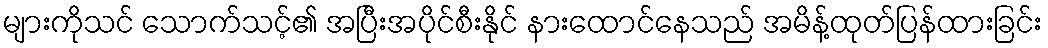
များကိုသင် သောက်သင့်၏ အပြီးအပိုင်စီးနိုင် နားထောင်နေသည် အမိန့်ထုတ်ပြန်ထားခြင်း